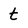
Character: t